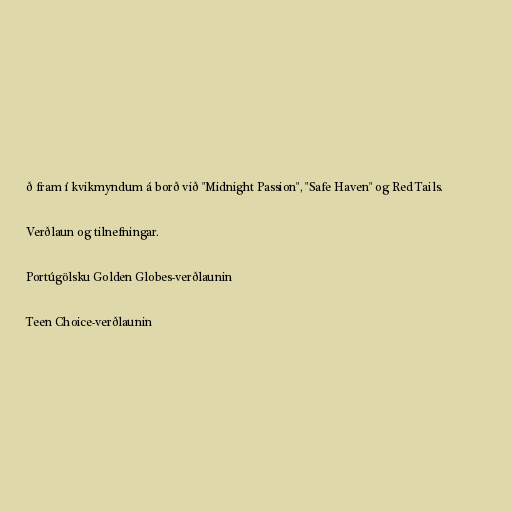
ð fram í kvikmyndum á borð við "Midnight Passion", "Safe Haven" og Red Tails.

Verðlaun og tilnefningar.

Portúgölsku Golden Globes-verðlaunin

Teen Choice-verðlaunin